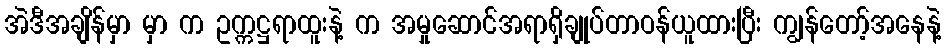
အဲဒီအချိန်မှာ မှာ က ဥက္ကဋ္ဌရာထူးနဲ့ က အမှုဆောင်အရာရှိချုပ်တာဝန်ယူထားပြီး ကျွန်တော့်အနေနဲ့